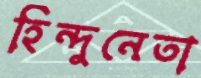
হিন্দুনেতা